Indian journal of veterinary science and animal husbandry - Volume 9,
Year: 1939
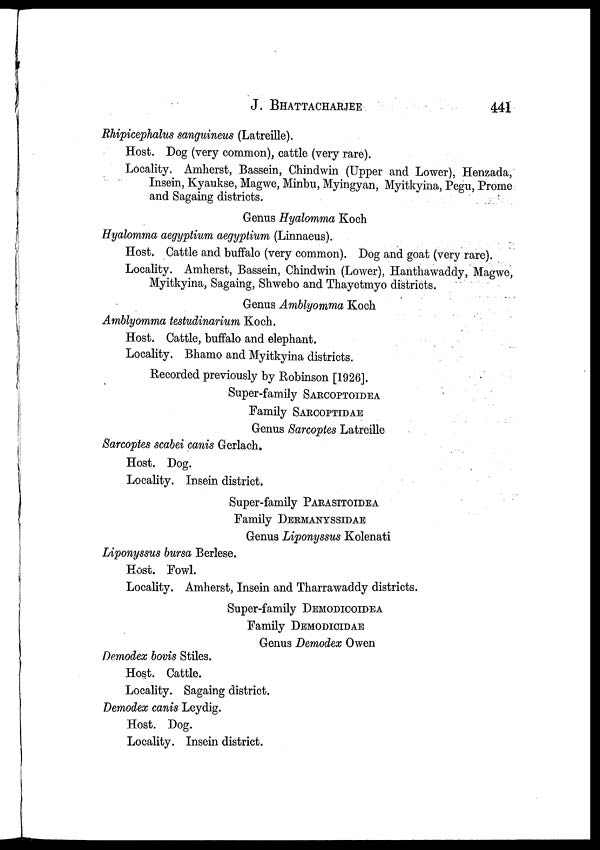
J.
BHATTACHARJEE
441
Rhipicephalus sanguineus (Latreille).
Host. Dog (very common), cattle (very rare).
Locality. Amherst, Bassein, Chindwin (Upper and Lower), Henzada,
Insein, Kyaukse, Magwe, Minbu, Myingyan, Myitkyina, Pegu, Prome
and Sagaing districts.
Genus Hyalomma Koch
Hyalomma aegyptium aegyptium (Linnaeus).
Host. Cattle and buffalo (very common). Dog and goat (very rare).
Locality. Amherst, Bassein, Chindwin (Lower), Hanthawaddy, Magwe,
Myitkyina, Sagaing, Shwebo and Thayetmyo districts.
Genus Amblyomma Koch
Amblyomma testudinarium Koch.
Host. Cattle, buffalo and elephant.
Locality. Bhamo and Myitkyina districts.
Recorded previously by Robinson [1926].
Super-family SARCOPTOIDEA
Family SARCOPTIDAE
Genus Sarcoptes Latreille
Sarcoptes scabei canis Gerlach.
Host. Dog.
Locality. Insein district.
Super-family PARASITOIDEA
Family DERMANYSSIDAE
Genus Liponyssus Kolenati
Liponyssus bursa Berlese.
Host. Fowl.
Locality. Amherst, Insein and Tharrawaddy districts.
Super-family DEMODICOIDEA
Family DEMODICIDAE
Genus Demodex Owen
Demodex bovis Stiles.
Host. Cattle.
Locality. Sagaing district.
Demodex canis Leydig.
Host. Dog.
Locality. Insein district.